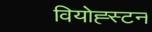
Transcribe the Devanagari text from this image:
वियोह्स्टन